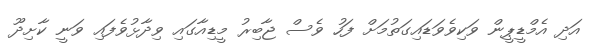
އަދި އެމްޑީޕީން ވަކިވެވަޑައިގަތުމަށް ފަހު ވެސް ޖާބިރު މީޑިއާގައި ވިދާޅުވެފައި ވަނީ ކާށިދޫ